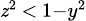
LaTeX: \scriptstyle\mathit{z}^{2}\, <\, 1-y^{2}